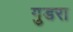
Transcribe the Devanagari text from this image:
गुडरा